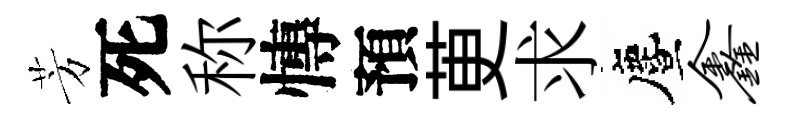
芳死称慱預茰求󵨌鑫